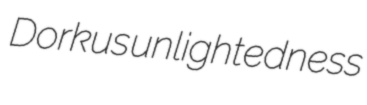
Dorkus unlightedness